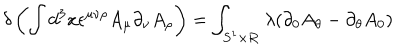
\delta \left( \int d ^ { 3 } x \epsilon ^ { \mu \nu \rho } A _ { \mu } \partial _ { \nu } A _ { \rho } \right) = \int _ { S ^ { 1 } \times { \bf R } } \lambda ( \partial _ { 0 } A _ { \theta } - \partial _ { \theta } A _ { 0 } )